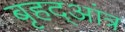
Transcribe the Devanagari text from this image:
बृहद्आंत्र